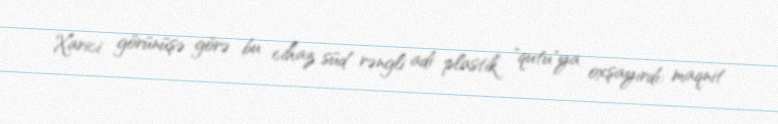
Xarici görünüşə görə bu cihaz süd rəngli adi plastik "qutu"ya oxşayırdı: maqnit